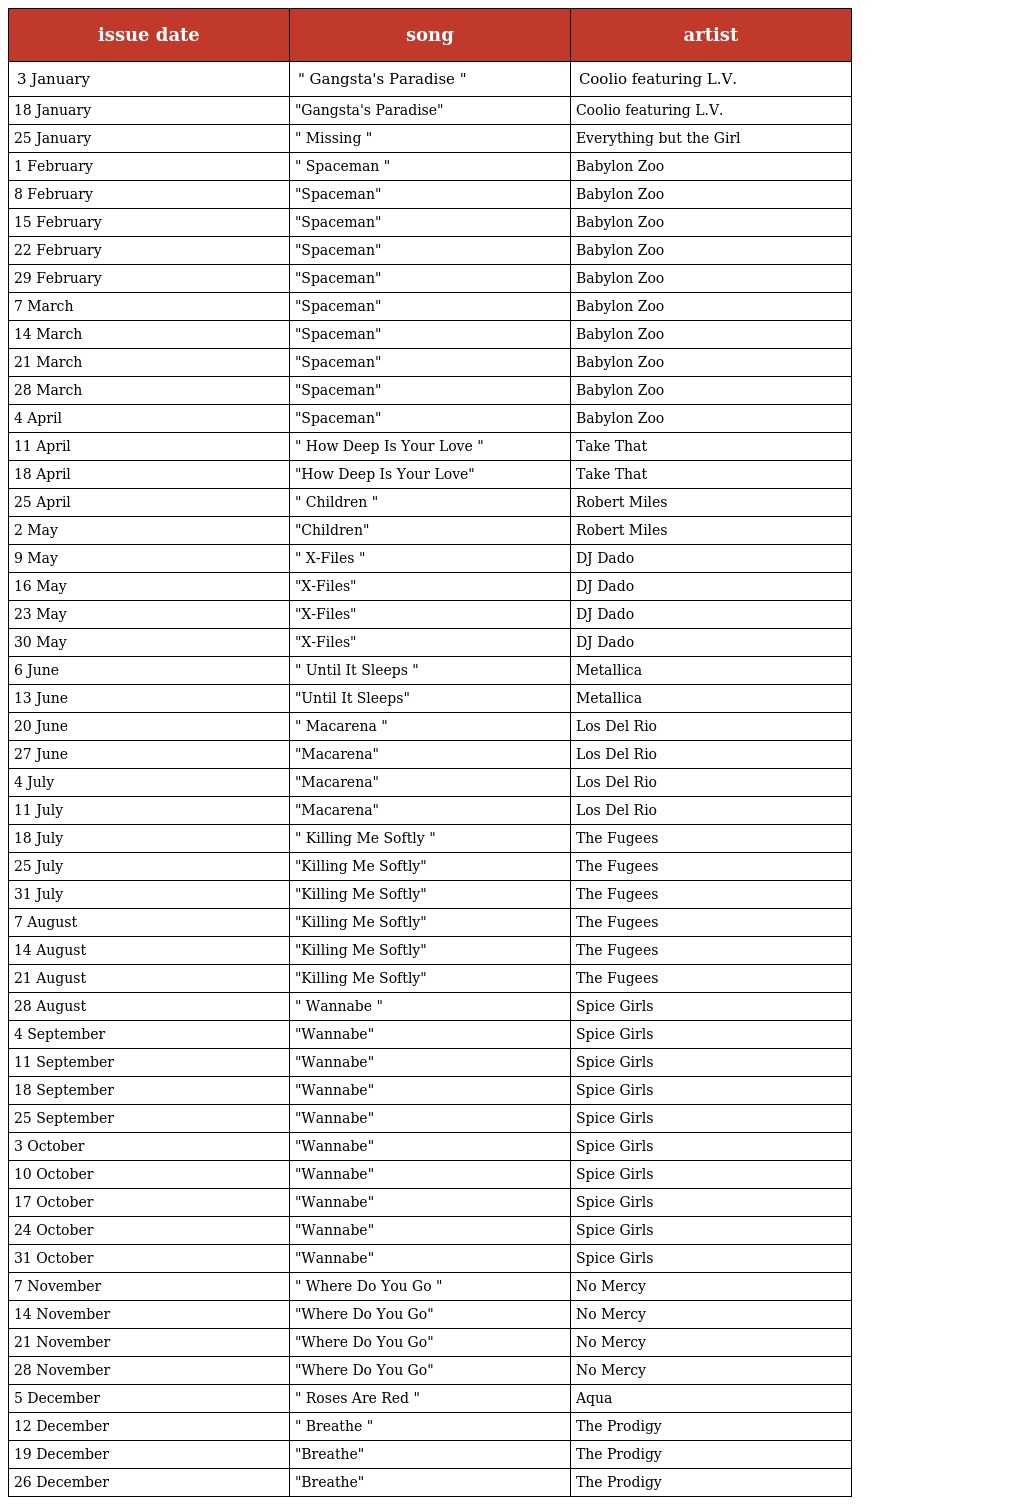
| issue date | song | artist |
 | --- | --- | --- |
 | 3 January | " Gangsta's Paradise " | Coolio featuring L.V. |
 | 18 January | "Gangsta's Paradise" | Coolio featuring L.V. |
 | 25 January | " Missing " | Everything but the Girl |
 | 1 February | " Spaceman " | Babylon Zoo |
 | 8 February | "Spaceman" | Babylon Zoo |
 | 15 February | "Spaceman" | Babylon Zoo |
 | 22 February | "Spaceman" | Babylon Zoo |
 | 29 February | "Spaceman" | Babylon Zoo |
 | 7 March | "Spaceman" | Babylon Zoo |
 | 14 March | "Spaceman" | Babylon Zoo |
 | 21 March | "Spaceman" | Babylon Zoo |
 | 28 March | "Spaceman" | Babylon Zoo |
 | 4 April | "Spaceman" | Babylon Zoo |
 | 11 April | " How Deep Is Your Love " | Take That |
 | 18 April | "How Deep Is Your Love" | Take That |
 | 25 April | " Children " | Robert Miles |
 | 2 May | "Children" | Robert Miles |
 | 9 May | " X-Files " | DJ Dado |
 | 16 May | "X-Files" | DJ Dado |
 | 23 May | "X-Files" | DJ Dado |
 | 30 May | "X-Files" | DJ Dado |
 | 6 June | " Until It Sleeps " | Metallica |
 | 13 June | "Until It Sleeps" | Metallica |
 | 20 June | " Macarena " | Los Del Rio |
 | 27 June | "Macarena" | Los Del Rio |
 | 4 July | "Macarena" | Los Del Rio |
 | 11 July | "Macarena" | Los Del Rio |
 | 18 July | " Killing Me Softly " | The Fugees |
 | 25 July | "Killing Me Softly" | The Fugees |
 | 31 July | "Killing Me Softly" | The Fugees |
 | 7 August | "Killing Me Softly" | The Fugees |
 | 14 August | "Killing Me Softly" | The Fugees |
 | 21 August | "Killing Me Softly" | The Fugees |
 | 28 August | " Wannabe " | Spice Girls |
 | 4 September | "Wannabe" | Spice Girls |
 | 11 September | "Wannabe" | Spice Girls |
 | 18 September | "Wannabe" | Spice Girls |
 | 25 September | "Wannabe" | Spice Girls |
 | 3 October | "Wannabe" | Spice Girls |
 | 10 October | "Wannabe" | Spice Girls |
 | 17 October | "Wannabe" | Spice Girls |
 | 24 October | "Wannabe" | Spice Girls |
 | 31 October | "Wannabe" | Spice Girls |
 | 7 November | " Where Do You Go " | No Mercy |
 | 14 November | "Where Do You Go" | No Mercy |
 | 21 November | "Where Do You Go" | No Mercy |
 | 28 November | "Where Do You Go" | No Mercy |
 | 5 December | " Roses Are Red " | Aqua |
 | 12 December | " Breathe " | The Prodigy |
 | 19 December | "Breathe" | The Prodigy |
 | 26 December | "Breathe" | The Prodigy |